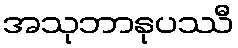
အသုဘာနုပဿီ